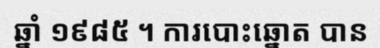
ឆ្នាំ ១៩៨៥ ។ ការបោះឆ្នោត បាន